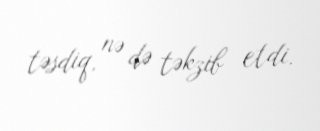
təsdiq, nə də təkzib etdi.